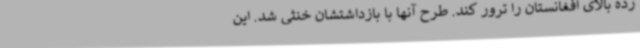
رده بالای افغانستان را ترور کند. طرح آنها با بازداشتشان خنثی شد. این